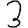
Digit: 3